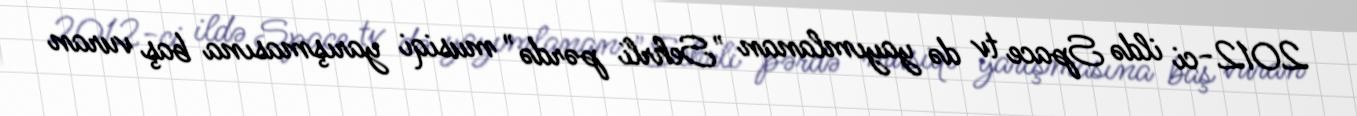
2012-ci ildə Space tv də yayımlanan "Sehrli pərdə" musiqi yarışmasına baş vuran